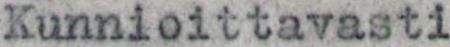
Kunnioittavasti